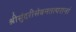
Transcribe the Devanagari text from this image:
श्रीसुंदरीसेवनतत्परानां